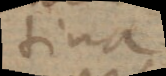
tina